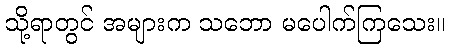
သို့ရာတွင် အများက သဘော မပေါက်ကြသေး။